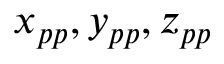
x _ { p p } , y _ { p p } , z _ { p p }